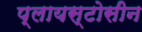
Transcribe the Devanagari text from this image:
प्लायस्टोसीन